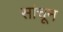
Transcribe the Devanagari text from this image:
सांचून